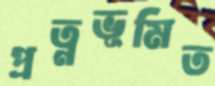
প্রত্নভূমিত